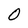
Character: O